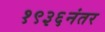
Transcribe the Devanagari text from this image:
१९३६नंतर